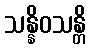
သန္နိဝသန္တိ